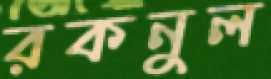
রকনুল